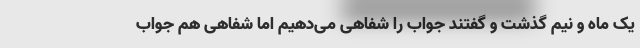
یک ماه و نیم گذشت و گفتند جواب را شفاهی می‌دهیم اما شفاهی هم جواب